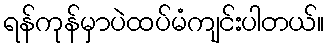
ရန်ကုန်မှာပဲထပ်မံကျင်းပါတယ်။